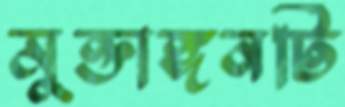
মুক্তাঙ্গনটি